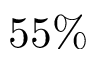
5 5 \%